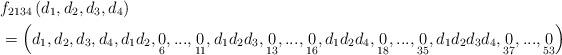
LaTeX: \begin{align*}& f_{2134}\left( d_{1},d_{2},d_{3},d_{4}\right) \\& =\left( d_{1},d_{2},d_{3},d_{4},d_{1}d_{2},\underset{6}{0},...,\underset{11}{0},d_{1}d_{2}d_{3},\underset{13}{0},...,\underset{16}{0},d_{1}d_{2}d_{4},\underset{18}{0},...,\underset{35}{0},d_{1}d_{2}d_{3}d_{4},\underset{37}{0},...,\underset{53}{0}\right)\end{align*}